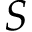
S